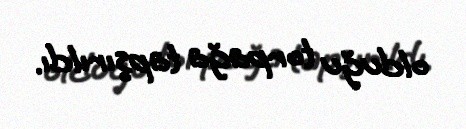
olduğu torpağa tapşırıldı.